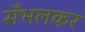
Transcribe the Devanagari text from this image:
सँभलकर